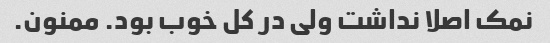
نمک اصلا نداشت ولی در کل خوب بود. ممنون.